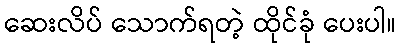
ဆေးလိပ် သောက်ရတဲ့ ထိုင်ခုံ ပေးပါ။